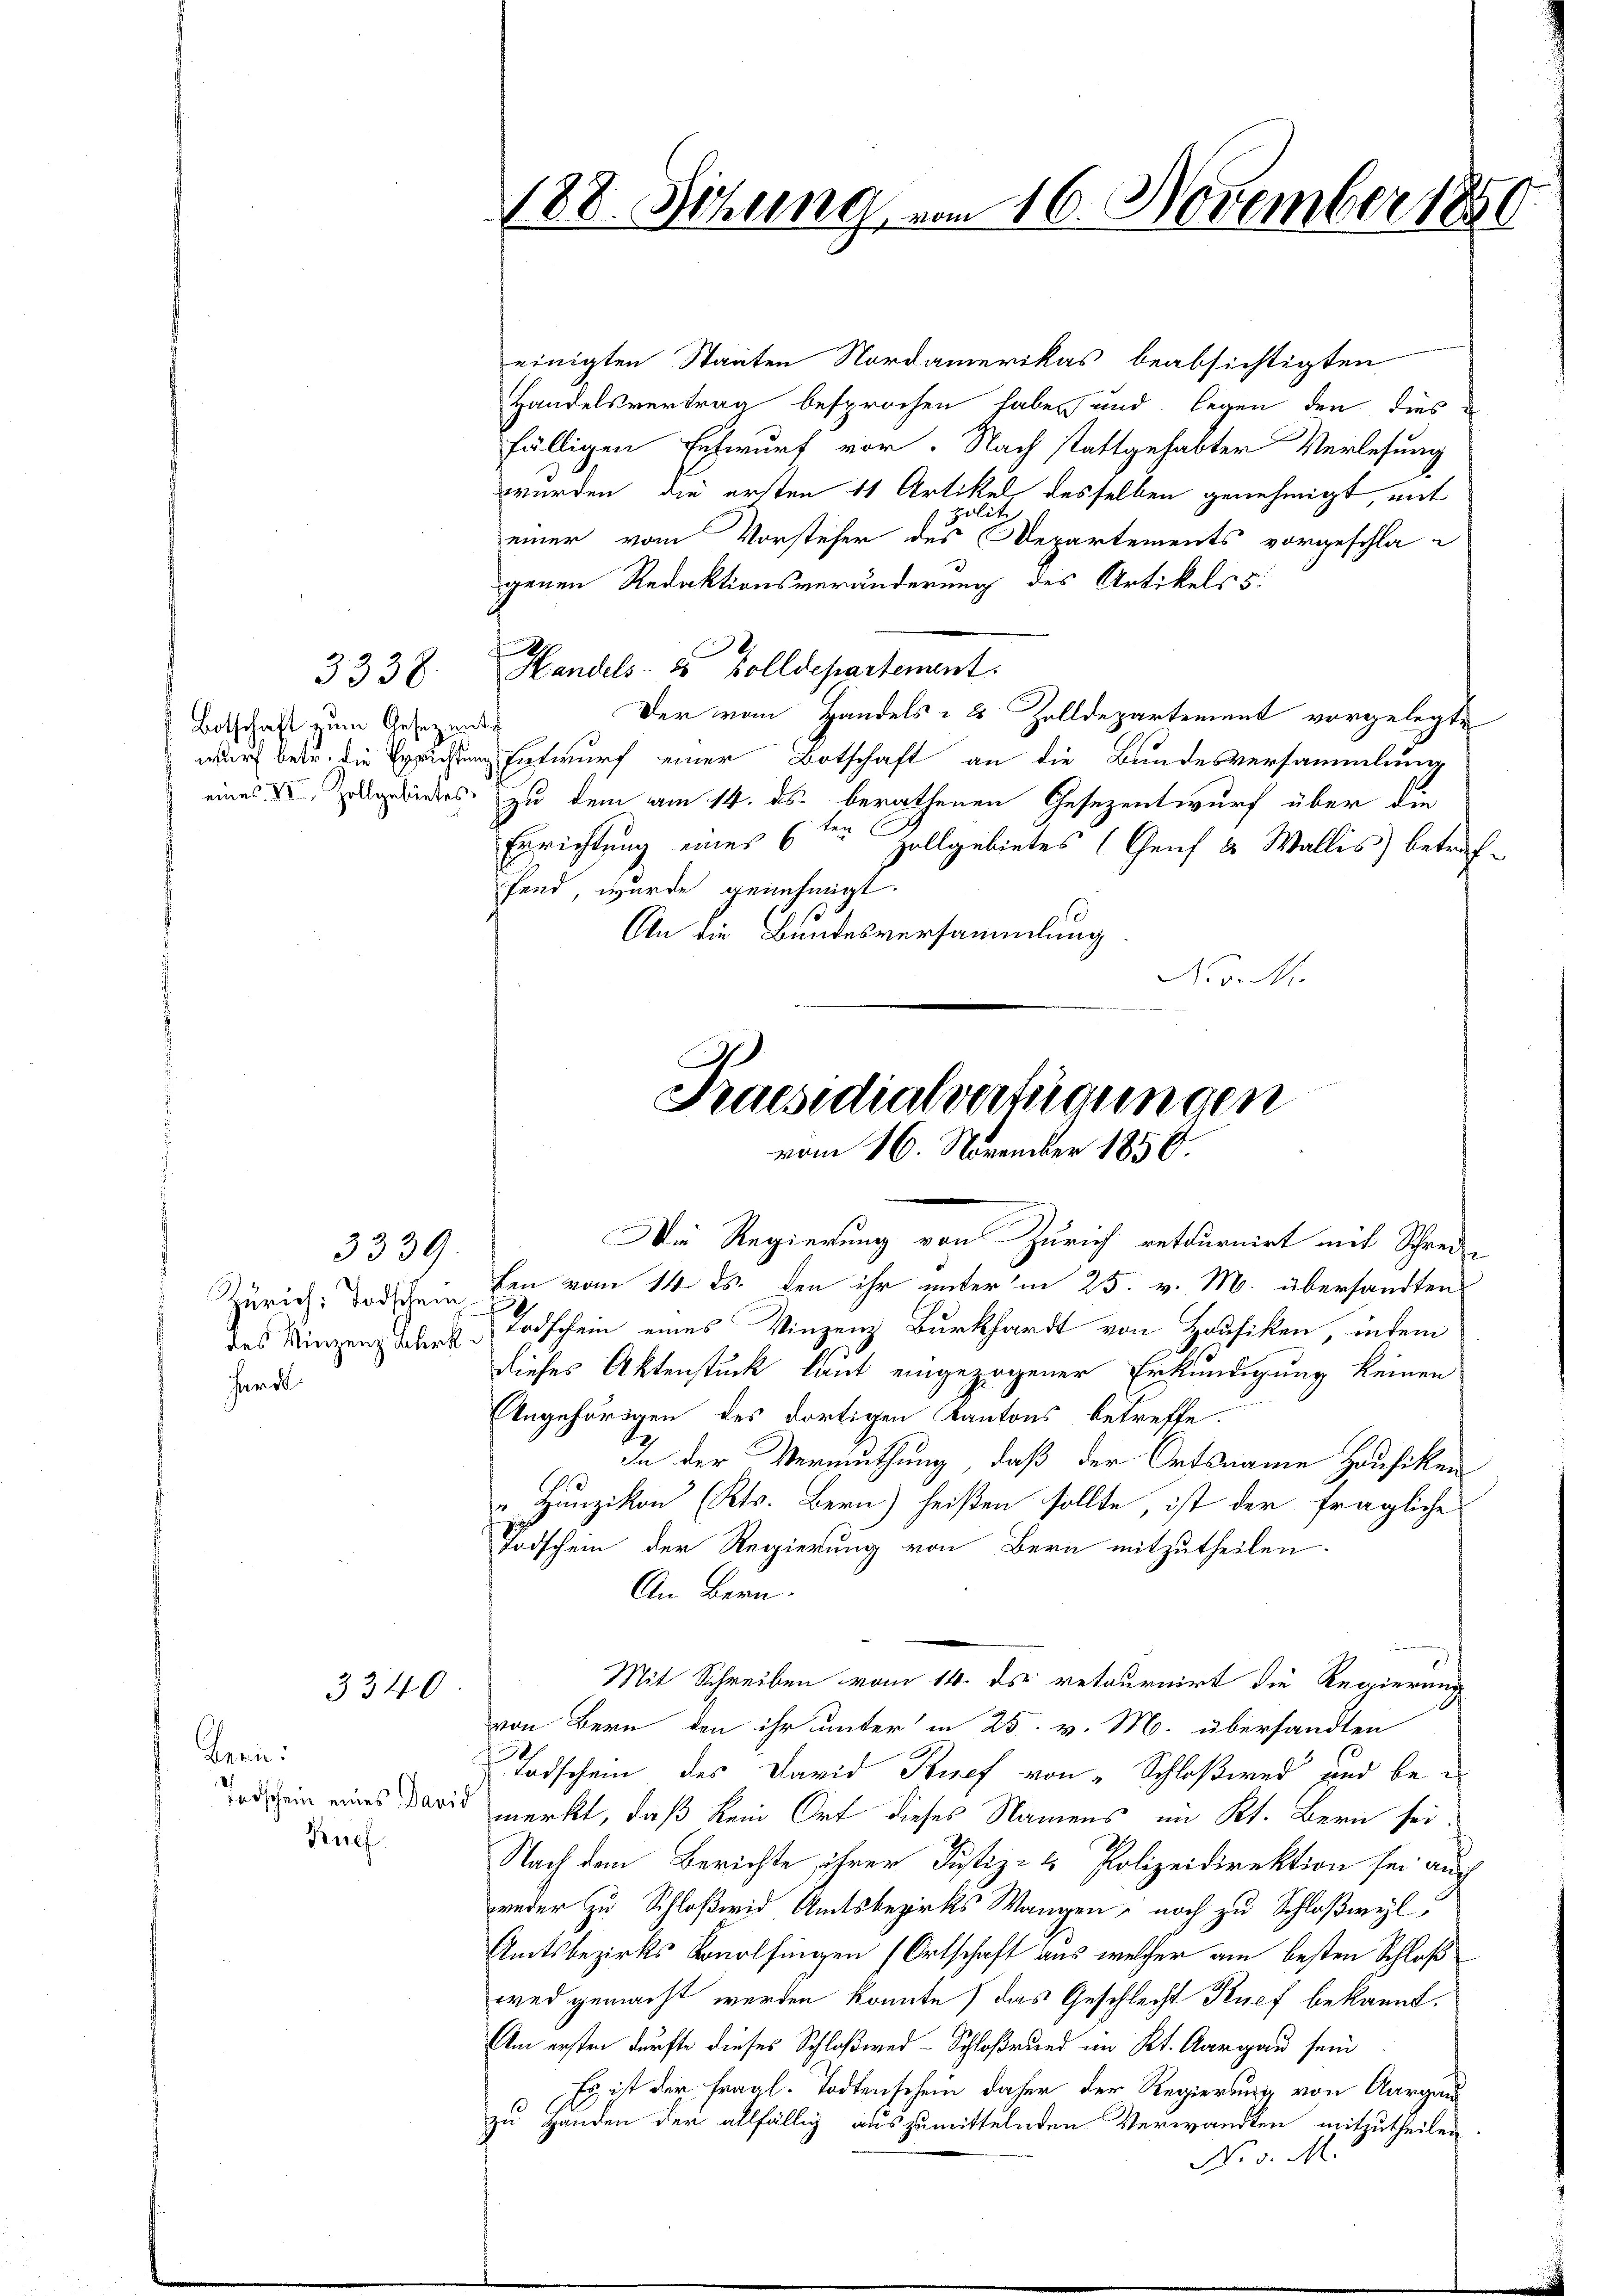
Botschaft zum Gesezents

3338.

3339.
hardt.

3340

Bern:
Ruef

einigten Staaten Nordamerikas beabsichtigten
Handelsvertrag besprochen haben und legen den dies
fälligen Entwurf vor. Nach stattgehabter Verlesung
wurden, die ersten 11 Artikul desselben genehmigt, mit
dlit
einer vom Vorsteher des Departements vorgeschla-
genen Redaktionsveränderung des Artikels 5:
Handels- & Zolldepartement.
Der vom Handels - 8 Zolldepartement vorgelegte
wurf betr. die Errichtung Entwurf einer Botschaft an die Bundesversammlung
eines I. Zieles zu dem am 14. ds. berathenen Gesezentwurf über die
Errichtung eines 6ten Zollgebietes (Genf & Wallis betreffand, wurde genehmigt.
An die Bundesversammlung
Nov. M.

es

188. Sitzung vom 16. November 1850

Praesidialverfügungen
vom 16. November 1850.

I
|
Die Regierung von Zürich retournirt mit Schrei-

Zürich: Todschein den vom 14. ds. den ihr unterm 25. v. M. übersandten
des Vinzenz Schen Todschein eines Vinzenz Burkhardt von Houfiken, indem
dieses Aktenstück laut eingezogener Erkundigung keinen
Angehörigen des dortigen Kantons betreffe.
In der Vermuthung, daß der Ortsname Hausiken
Hunzikon (Kts. Bern) heißen sollte, ist der fragliche
Todschein der Regierung von Bern mitzutheilen.
An Bern.
von Bern den ihr unter in 25. v. M. übersandten
Todschein des David Brief von „Schloßwed und be-
od in eines Darst merkt, daß kein Ort dieses Namens im Kt. Bern sei.
Nach dem Berichte ihrer Justiz- & Polizeidirektion sei auch
weder zu Schloßwid Amtsbezirks Wangen, noch zu Schloßwyl,
Amtsbezirks Konolfingen Ortschaft aus welcher am besten Schloß
wed gemacht werden könnte, das Geschlecht Kuef bekannt.
Am ersten dürfte dieses Schloßwed-Schloßrund im Kt. Aargau sein
Es ist der fragl. Todtenschein daher der Regierung von Aargau
zu Handen der allfällig auszumittelnden Verwandten mitzutheilen
No. 5. M.

Mit Schreiben vom 14. ds. retournirt die Regierung